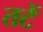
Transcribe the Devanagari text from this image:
तटें